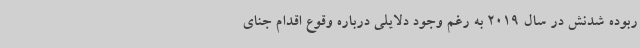
ربوده‌ شدنش در سال 2019 به رغم وجود دلایلی درباره وقوع اقدام جنای